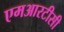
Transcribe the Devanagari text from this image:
एमआरटीसी